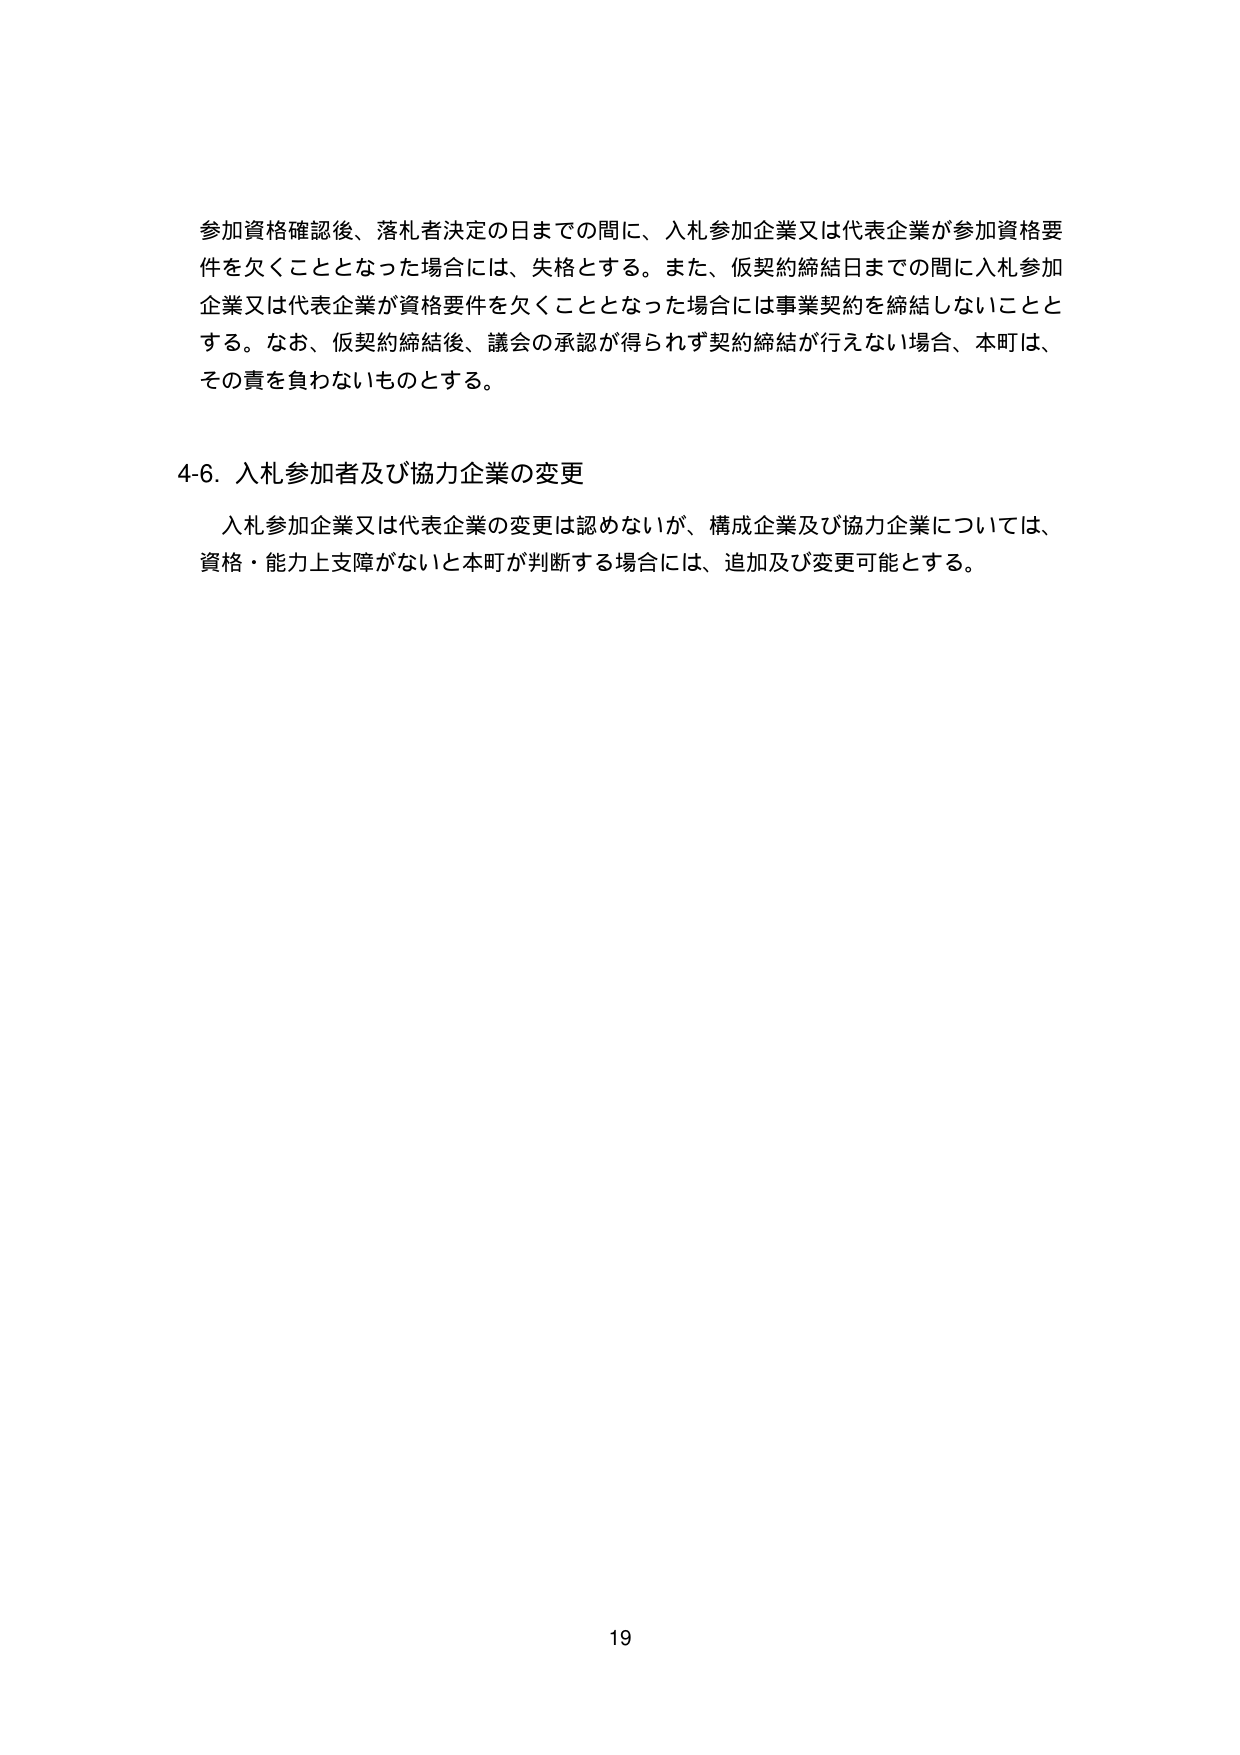
参加資格確認後、落札者決定の日までの間に、入札参加企業又は代表企業が参加資格要件を欠くこととなった場合には、失格とする。また、仮契約締結日までの間に入札参加企業又は代表企業が資格要件を欠くこととなった場合には事業契約を締結しないこととする。なお、仮契約締結後、議会の承認が得られず契約締結が行えない場合、本町は、その責を負わないものとする。

4-6. 入札参加者及び協力企業の変更
入札参加企業又は代表企業の変更は認めないが、構成企業及び協力企業については、資格・能力上支障がないと本町が判断する場合には、追加及び変更可能とする。

19